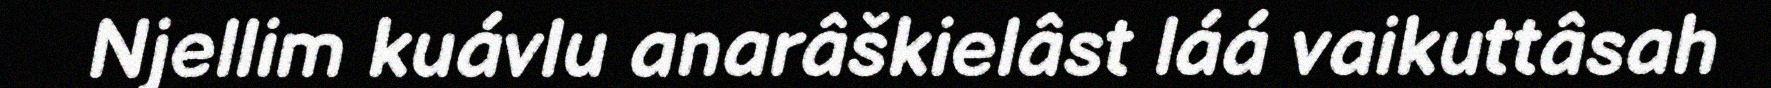
Njellim kuávlu anarâškielâst láá vaikuttâsah